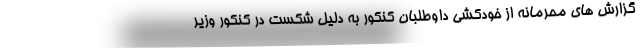
گزارش های محرمانه از خودکشی داوطلبان کنکور به دلیل شکست در کنکور وزیر